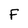
Character: F